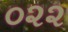
૦૨૨